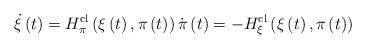
LaTeX: \begin{align*}\dot{\xi}\left( t\right) =H_{\pi}^{\mathrm{cl}}\left( \xi\left( t\right),\pi\left( t\right) \right) \dot{\pi}\left( t\right)=-H_{\xi}^{\mathrm{cl}}\left( \xi\left( t\right) ,\pi\left( t\right)\right) \end{align*}